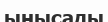
ыңысады